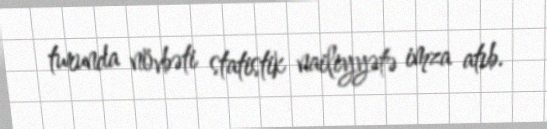
turunda növbəti statistik nailiyyətə imza atıb.